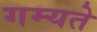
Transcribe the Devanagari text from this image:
गम्यते